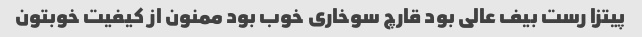
پیتزا رست بیف عالی بود قارچ سوخاری خوب بود ممنون از کیفیت خوبتون